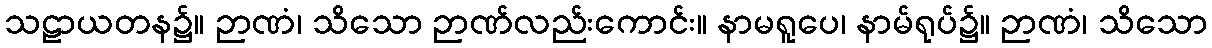
သဠာယတန၌။ ဉာဏံ၊ သိသော ဉာဏ်လည်းကောင်း။ နာမရူပေ၊ နာမ်ရုပ်၌။ ဉာဏံ၊ သိသော